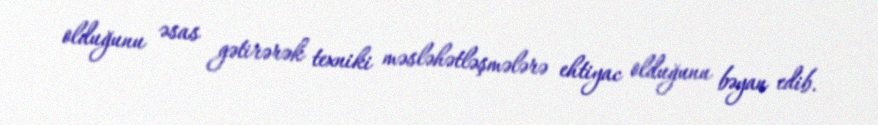
olduğunu əsas gətirərək texniki məsləhətləşmələrə ehtiyac olduğunu bəyan edib.